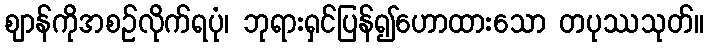
ဈာန်ကိုအစဉ်လိုက်ရပုံ၊ ဘုရားရှင်ပြန်၍ဟောထားသော တပုဿသုတ်။